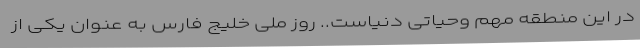
در این منطقه مهم وحیاتی دنیاست.. روز ملی خلیج فارس به عنوان یکی از